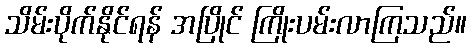
သိမ်းပိုက်နိုင်ရန် အပြိုင် ကြိုးပမ်းလာကြသည်။